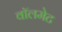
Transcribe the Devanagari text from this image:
वॉलमेट